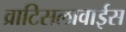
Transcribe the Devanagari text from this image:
व्राटिसलावाईस